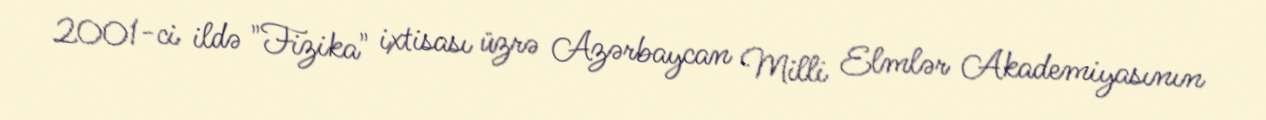
2001-ci ildə "Fizika" ixtisası üzrə Azərbaycan Milli Elmlər Akademiyasının